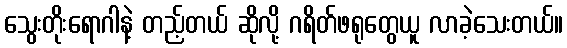
သွေးတိုးရောဂါနဲ့ တည့်တယ် ဆိုလို့ ဂရိတ်ဖရုတွေယူ လာခဲ့သေးတယ်။